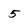
Character: 5